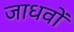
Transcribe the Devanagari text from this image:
जाधवों